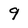
Character: 9